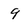
Character: 9